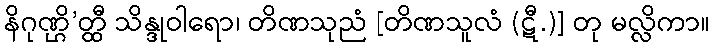
နိဂုဏ္ဌိ’တ္ထီ သိန္ဒုဝါရော၊ တိဏသုညံ [တိဏသူလံ (ဋီ.)] တု မလ္လိကာ။